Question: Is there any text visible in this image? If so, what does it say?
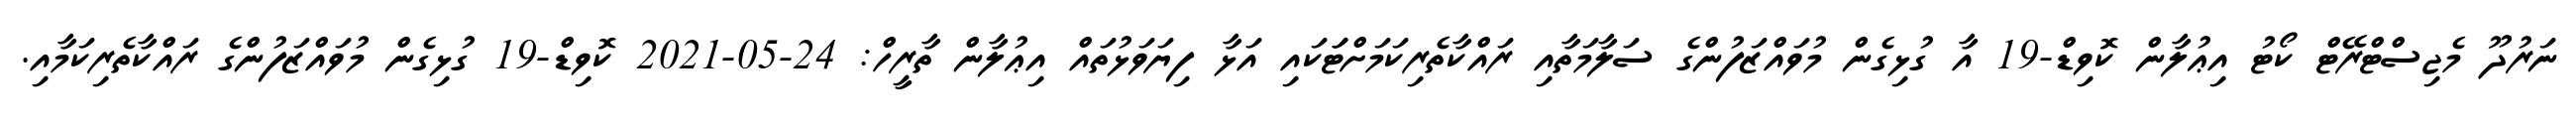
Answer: ނަރުދޫ މެޖިސްޓްރޭޓް ކޯޓު އިޢުލާން ކޮވިޑް-19 އާ ގުޅިގެން މުވައްޒަފުންގެ ސަލާމަތާއި ރައްކާތެރިކަމަށްޓަަކައި އަޅާ ފިޔަވަޅުތައް އިޢުލާން ތާރީހް: 24-05-2021 ކޮވިޑް-19 ގުޅިގެން މުވައްޒަފުންގެ ރައްކާތެރިކަމާއި.